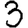
Digit: 3